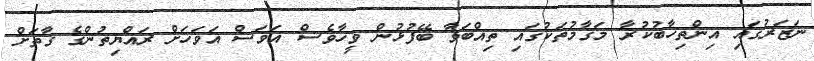
ނަަޒަރުގައި އިންތިޚާބުކުރާ މަގާމުތަކުގައި ތިއްބަވާ ބޭފުޅުން ވީހާވެސް އަވަސް އަވަހަށް ރައްޔިތުންގެ ގާތަށް